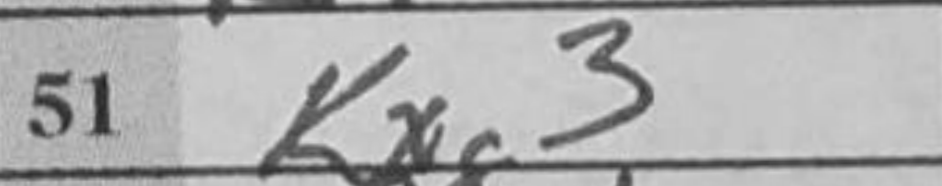
Transcription: Kxg3